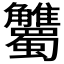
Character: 𧥘